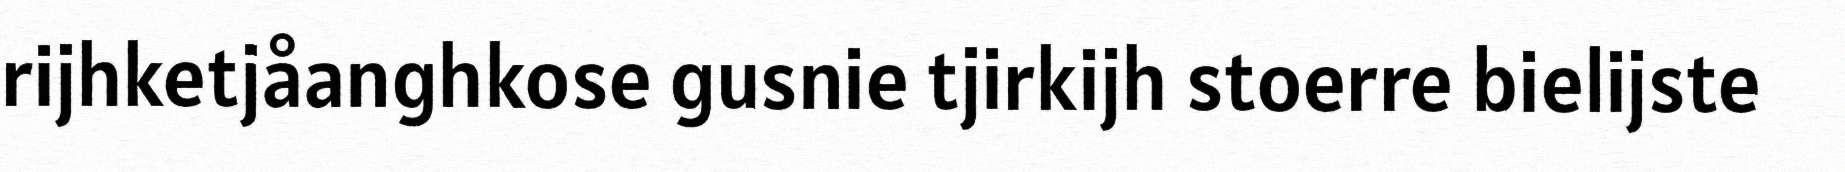
rijhketjåanghkose gusnie tjirkijh stoerre bielijste